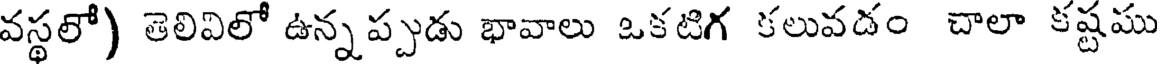
వస్థలో) తెలివిలో ఉన్నప్పుడు భావాలు ఒకటిగ కలువడం చాలా కష్టము